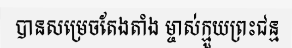
បានសម្រេចតែងតាំង ម្ចាស់ក្មួយព្រះជន្ម